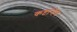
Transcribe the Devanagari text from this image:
कष्टांनेच